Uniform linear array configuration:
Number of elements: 8
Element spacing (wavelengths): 0.75
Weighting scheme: uniform
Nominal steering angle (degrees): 30
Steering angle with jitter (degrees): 28.833
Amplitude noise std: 0.05
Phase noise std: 0.05

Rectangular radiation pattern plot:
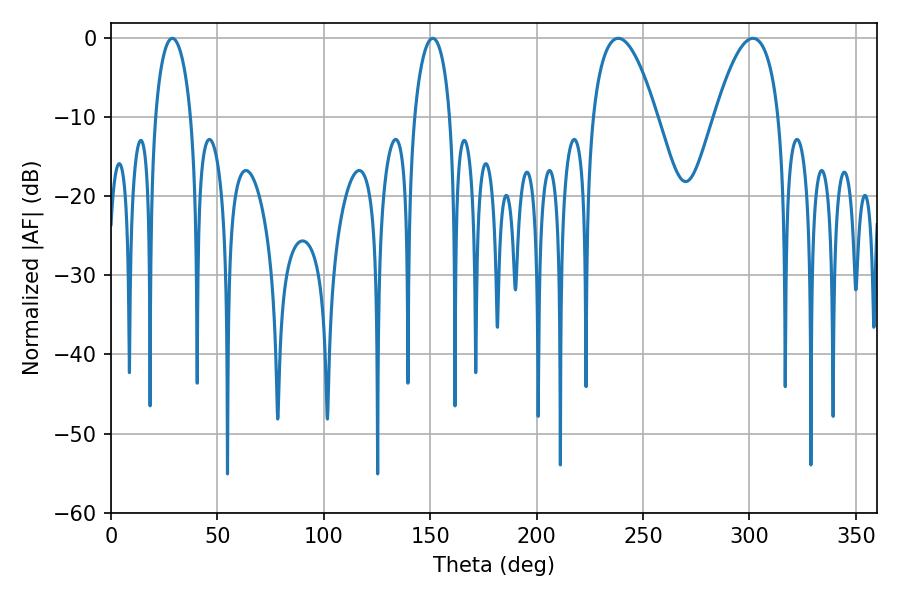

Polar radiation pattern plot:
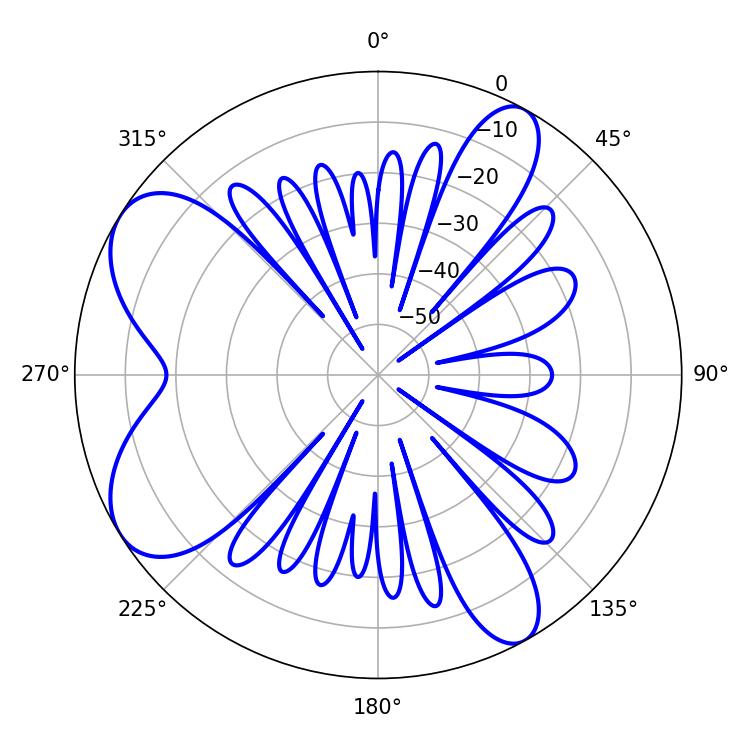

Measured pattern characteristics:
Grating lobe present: TRUE
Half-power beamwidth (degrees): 16.56
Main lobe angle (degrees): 301.68